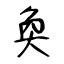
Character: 奐